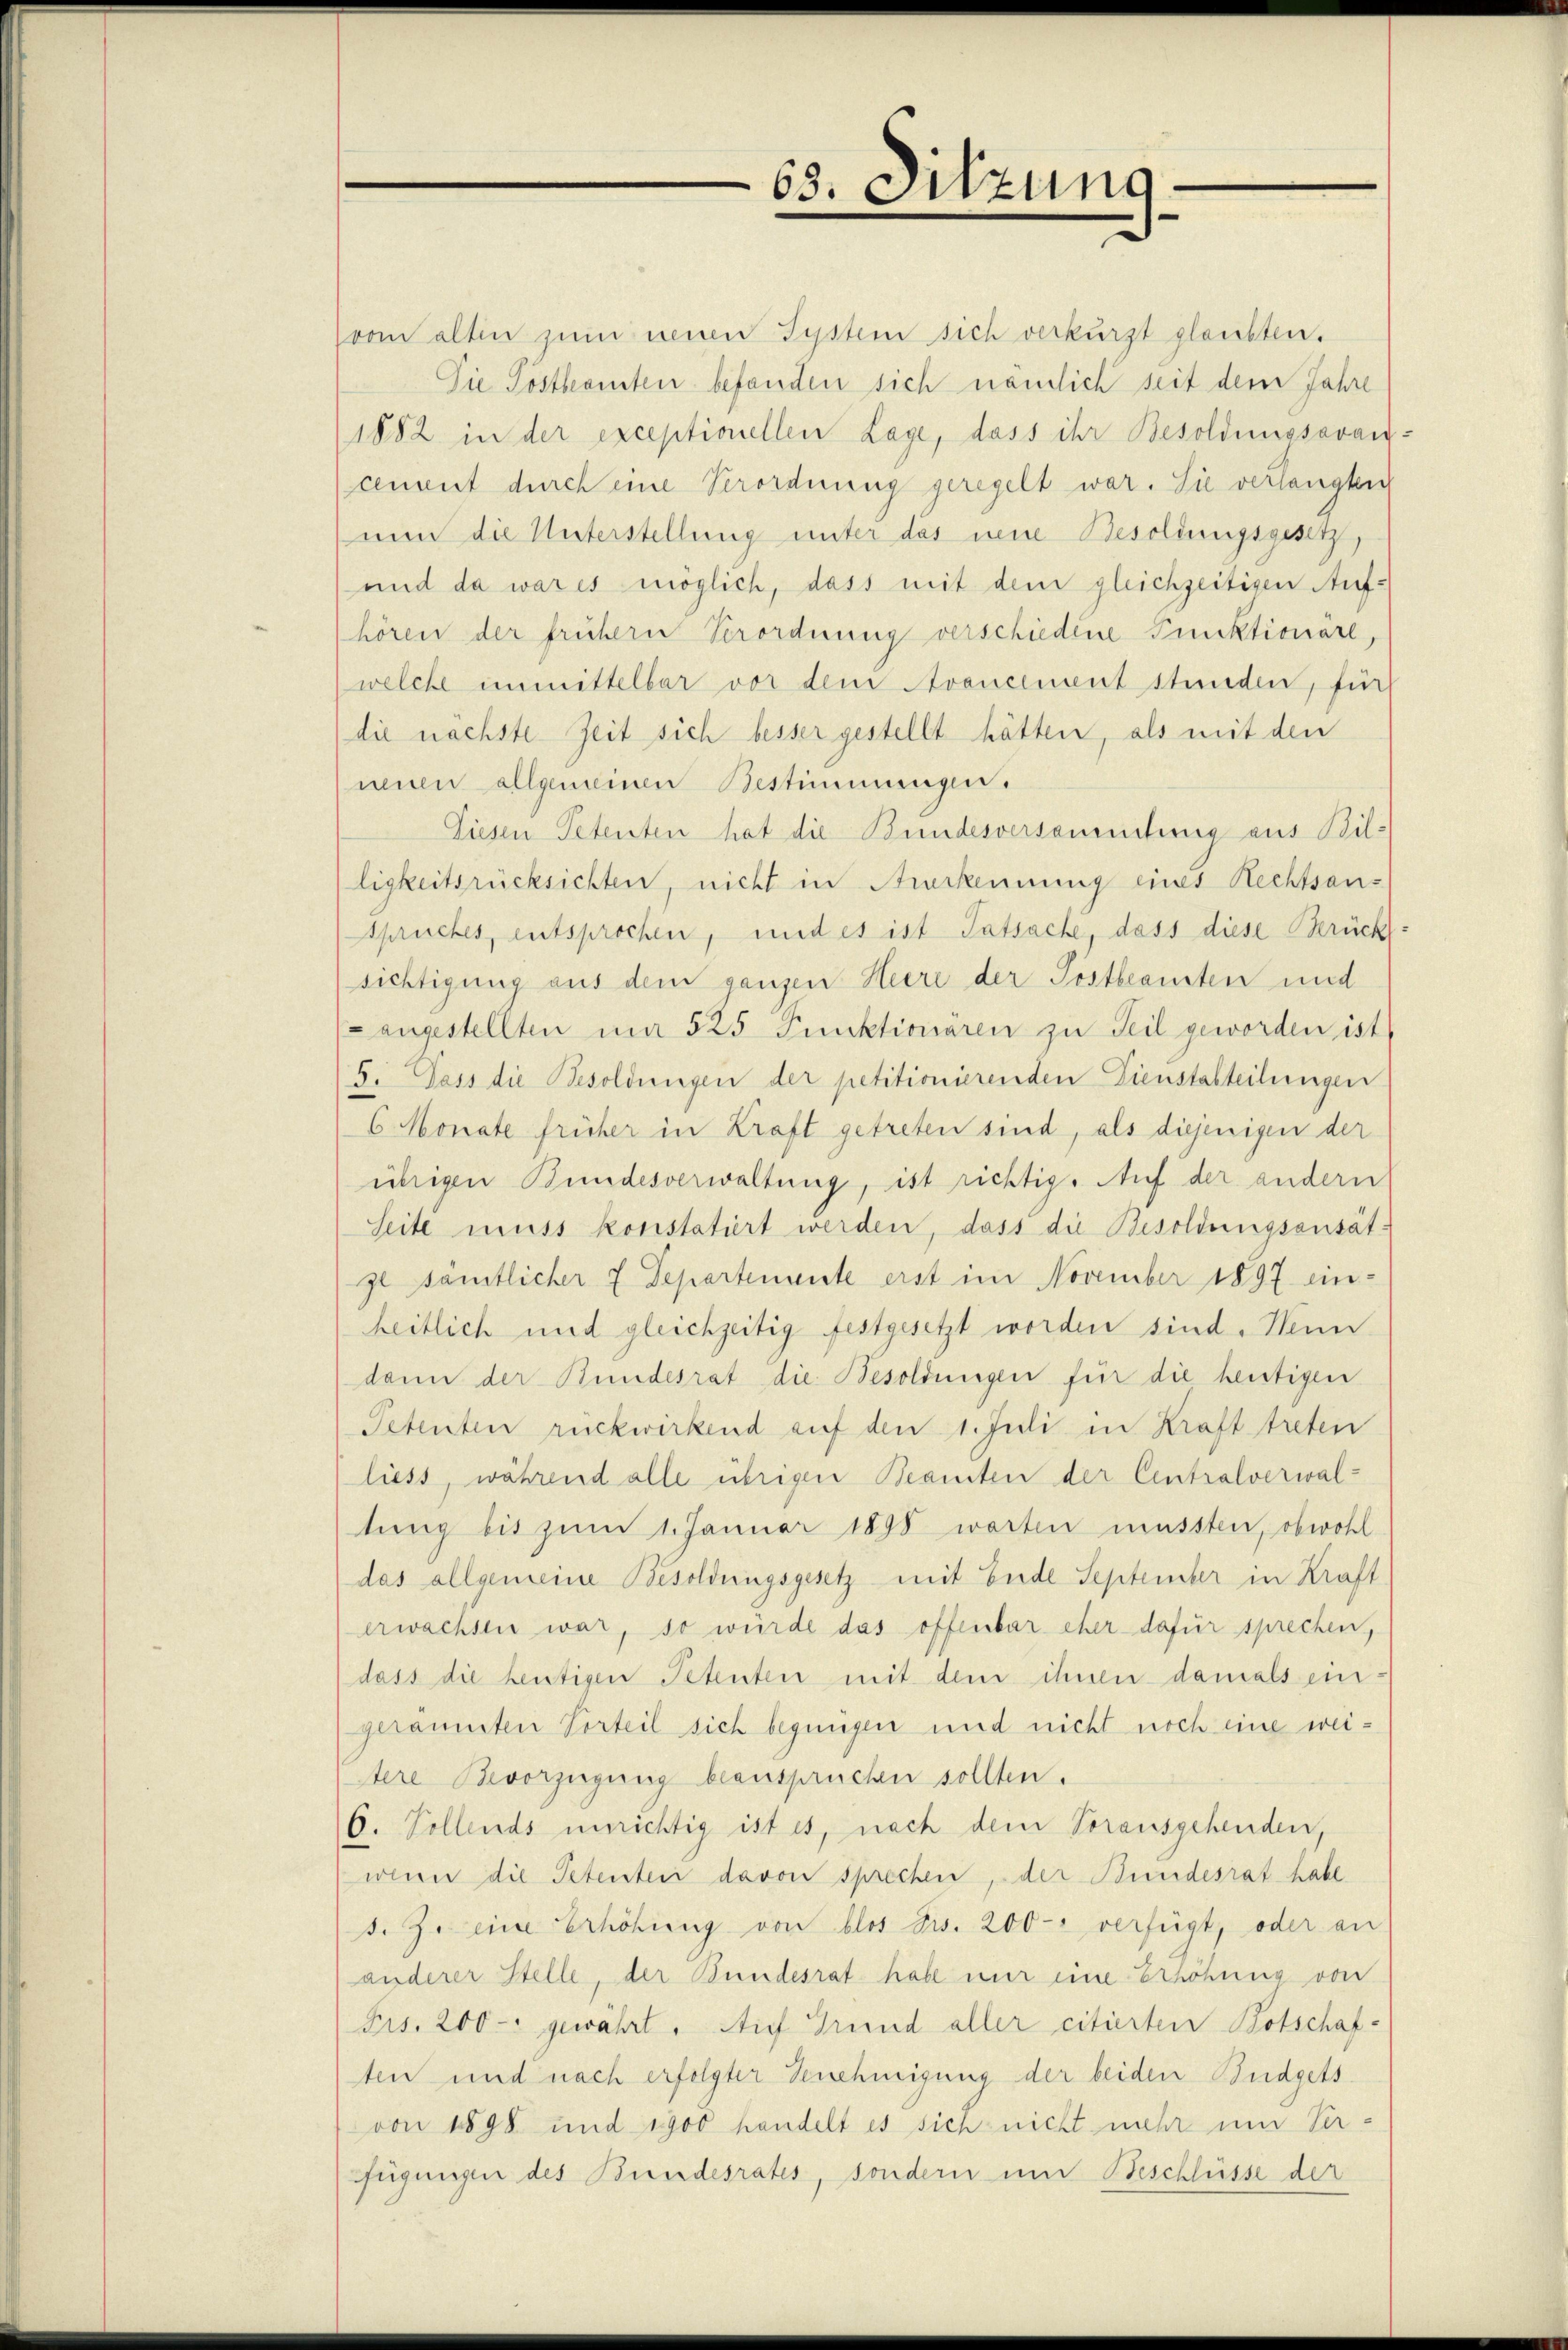
635. Sitzung

vom alten zum neuen System sich verkürzt glaubten.
Die Postbeamten befanden sich nämlich seit dem Jahre
1882 in der exceptionellen Lage, dass ihr Besoldungsavan
cement durch eine Verordnung geregelt war. Sie verlangten
nun die Unterstellung unter das neue Besoldungsgesetz,
und da war es möglich, dass mit dem gleichzeitigen Aufhören der frühern Verordnung verschiedene Punktionäre,
welche unmittelbar vor dem Avancement stunden, für
(die nächste Zeit sich besser gestellt hätten, als mit den
neuen allgemeinen Bestimmungen.
Diesen Petenten hat die Bundesversammtung aus Bil-
ligkeitsrücksichten, nicht in Anerkennung eines Rechtsan¬
Spruches, entsprochen, und es ist Tatsache, dass diese Berück
sichtigung aus dem ganzen Heere der Postbeamten und
Langestellten im 525 Punktionären zu Teil geworden ist
5. Dass die Besoldungen der petitionierenden Dienstalteilungen
6 Monate früher in Kraft getreten sind, als diejenigen der
übrigen Bundesverwaltung, ist richtig. Auf der andern
Seite muss konstatiert werden, dass die Besoldungsansät
zl sämtlicher 7 Departemente erst im November 1897 einheitlich und gleichzeitig festgesetzt worden sind. Wenn
dann der Bundesrat die Besoldungen für die heutigen
Petenten rückwirkend auf den 1. Juli in Kraft treten
liess, während alle übrigen Beamten der Centralverwal-
tung bis zum 1. Januar 1898 warten müssten, obwohl
das allgemeine Besoldungsgesetz mit Ende September in Kraft
erwachsen war, so würde das offenbar eher dafür sprechen,
dass die heutigen Petenten mit dem ihnen damals eingeräumten Vorteil sich begnügen und nicht noch eine wei¬
Stere Bevorzügung beansprüchen sollten.
6. Tollends unrichtig ist es, nach dem Vorausgehenden,
wenn die Petenteir davon sprechen, der Bundesrat habe
t. Zu eine Erhöhung von blos Sws. 200 verfügt, oder an
anderer Stelle, der Bundesrat habe nur eine Erhöhung von
Frs. 200 - gewährt. Auf Grund aller citierten Botschaf-
ten und nach erfolgter Genehmigung der beiden Budgets
von 1898 und 1900 handelt es sich nicht mehr um Verfügungen des Bundesrates, sondern um Beschlüsse der